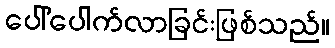
ပေါ်ပေါက်လာခြင်းဖြစ်သည်။